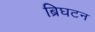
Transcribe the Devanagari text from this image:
ब्रिघटन